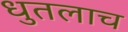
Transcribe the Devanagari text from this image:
धुतलाच